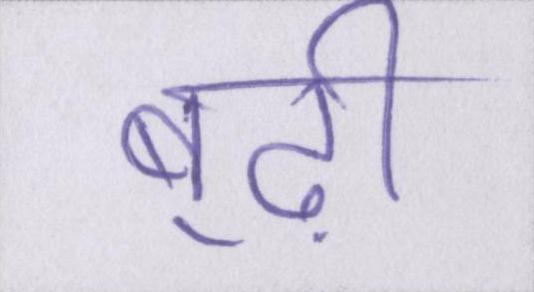
बूढ़ी